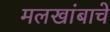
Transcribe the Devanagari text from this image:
मलखांबाचे